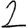
Digit: 2